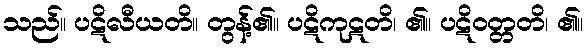
သည်။ ပဋိလီယတိ။ တွန့်၏။ ပဋိကုဋတိ၊ ၏။ ပဋိဝတ္တတိ၊ ၏။